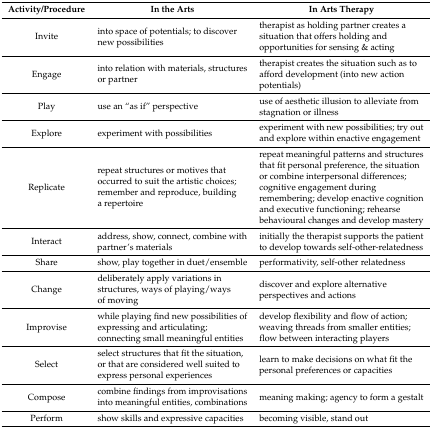
<table><thead><tr><td><b>Activity/Procedure</b></td><td><b>In the Arts</b></td><td><b>In Arts Therapy</b></td></tr></thead><tbody><tr><td>Invite</td><td>into space of potentials; to discover new possibilities</td><td>therapist as holding partner creates a situation that offers holding and opportunities for sensing &amp; acting</td></tr><tr><td>Engage</td><td>into relation with materials, structures or partner</td><td>therapist creates the situation such as to afford development (into new action potentials)</td></tr><tr><td>Play</td><td>use an “as if” perspective</td><td>use of aesthetic illusion to alleviate from stagnation or illness</td></tr><tr><td>Explore</td><td>experiment with possibilities</td><td>experiment with new possibilities; try out and explore within enactive engagement</td></tr><tr><td>Replicate</td><td>repeat structures or motives that occurred to suit the artistic choices; remember and reproduce, building a repertoire</td><td>repeat meaningful patterns and structures that fit personal preference, the situation or combine interpersonal differences; cognitive engagement during remembering; develop enactive cognition and executive functioning; rehearse behavioural changes and develop mastery</td></tr><tr><td>Interact</td><td>address, show, connect, combine with partner’s materials</td><td>initially the therapist supports the patient to develop towards self-other-relatedness</td></tr><tr><td>Share</td><td>show, play together in duet/ensemble</td><td>performativity, self-other relatedness</td></tr><tr><td>Change</td><td>deliberately apply variations in structures, ways of playing/ways of moving</td><td>discover and explore alternative perspectives and actions</td></tr><tr><td>Improvise</td><td>while playing find new possibilities of expressing and articulating; connecting small meaningful entities</td><td>develop flexibility and flow of action; weaving threads from smaller entities; flow between interacting players</td></tr><tr><td>Select</td><td>select structures that fit the situation, or that are considered well suited to express personal experiences</td><td>learn to make decisions on what fit the personal preferences or capacities</td></tr><tr><td>Compose</td><td>combine findings from improvisations into meaningful entities, combinations</td><td>meaning making; agency to form a gestalt</td></tr><tr><td>Perform</td><td>show skills and expressive capacities</td><td>becoming visible, stand out</td></tr></tbody></table>